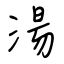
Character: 湯